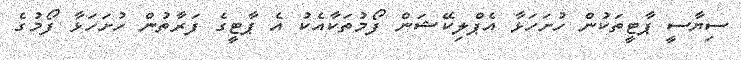
ސިޔާސީ ޕާޓީތަކުން ހުށަހަޅާ އެޕްލިކޭޝަން ފޯމުތަކާއެކު އެ ޕާޓީގެ ފަރާތުން ހުށަހަޅާ ފޯމުގެ